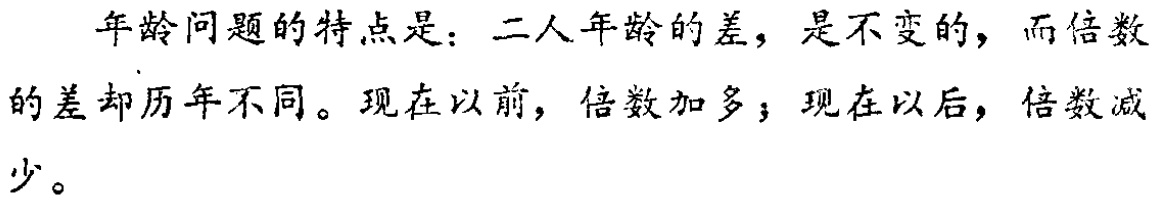
年龄问题的特点是：二人年龄的差，是不变的，而倍数的差却历年不同。现在以前，倍数加多；现在以后，倍数减少。